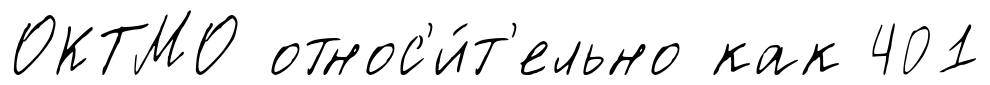
ОКТМО относ'и́т'ельно как 401